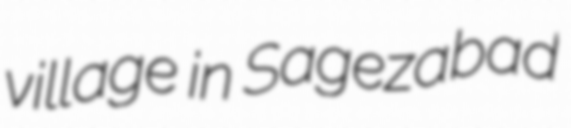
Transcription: village in Sagezabad